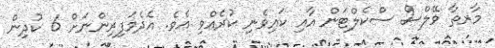
މާރތާ ވޭލްސް ސްކެލްޓަން އާއި ކައިވެނި ކުރެއްވި އެވެ. އެދެމަފިރިންނަށް 6 ކުދިން